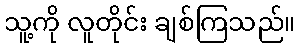
သူ့ကို လူတိုင်း ချစ်ကြသည်။